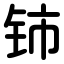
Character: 铈